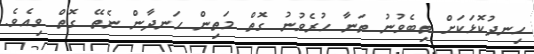
ހިނދުކޮޅަކަށް ތިބެވުނު ތަނާ ހުރެވުނު ގޮތް މަތިން ހަނދާން ނެތޭ ގޮތް ވިއެވެ.